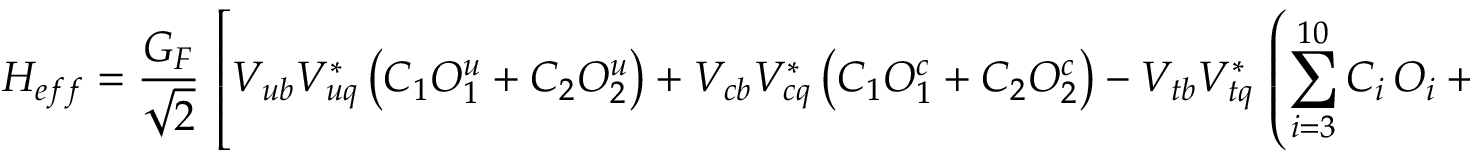
{ \cal H } _ { e f f } = \frac { G _ { F } } { \sqrt { 2 } } \, \left[ V _ { u b } V _ { u q } ^ { * } \left( C _ { 1 } O _ { 1 } ^ { u } + C _ { 2 } O _ { 2 } ^ { u } \right) + V _ { c b } V _ { c q } ^ { * } \left( C _ { 1 } O _ { 1 } ^ { c } + C _ { 2 } O _ { 2 } ^ { c } \right) - V _ { t b } V _ { t q } ^ { * } \, \left( \sum _ { i = 3 } ^ { 1 0 } C _ { i } \, O _ { i } + C _ { g } O _ { g } \right) \right] \quad ,